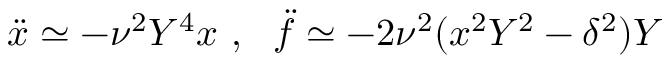
{ \ddot { x } } \simeq - \nu ^ { 2 } Y ^ { 4 } x \ , \ \ { \ddot { f } } \simeq - 2 \nu ^ { 2 } ( x ^ { 2 } Y ^ { 2 } - \delta ^ { 2 } ) Y